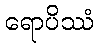
ရောပိဿံ